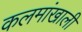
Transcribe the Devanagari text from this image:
कलमांखाली